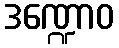
ဒဏ္ဍောဝ